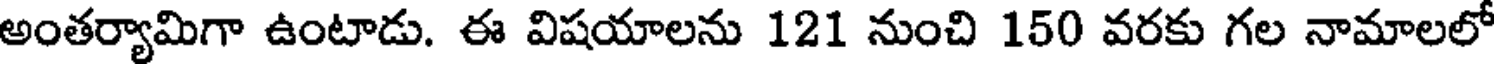
అంతర్యామిగా ఉంటాడు. ఈ విషయాలను 121 నుంచి 150 వరకు గల నామాలలో